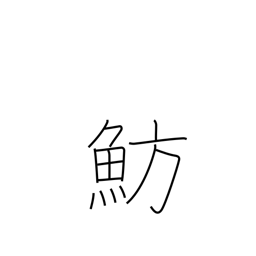
Meaning: type of sea bream